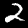
Digit: 2